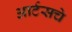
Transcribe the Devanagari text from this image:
आर्टसचे